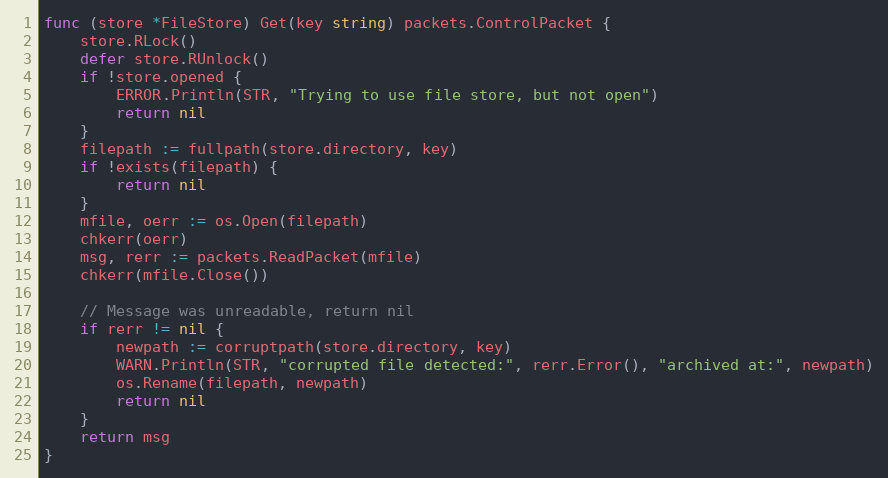
Language: Go
func (store *FileStore) Get(key string) packets.ControlPacket {
	store.RLock()
	defer store.RUnlock()
	if !store.opened {
		ERROR.Println(STR, "Trying to use file store, but not open")
		return nil
	}
	filepath := fullpath(store.directory, key)
	if !exists(filepath) {
		return nil
	}
	mfile, oerr := os.Open(filepath)
	chkerr(oerr)
	msg, rerr := packets.ReadPacket(mfile)
	chkerr(mfile.Close())

	// Message was unreadable, return nil
	if rerr != nil {
		newpath := corruptpath(store.directory, key)
		WARN.Println(STR, "corrupted file detected:", rerr.Error(), "archived at:", newpath)
		os.Rename(filepath, newpath)
		return nil
	}
	return msg
}